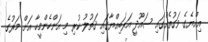
އިއްޔެގެ ވަގުތެއްގައި ސައޫދީ އަރަބިއްޔާގައި ޤަތުލު ކުރި މި އަންހެންމީހާ އަށް މަރުގެ